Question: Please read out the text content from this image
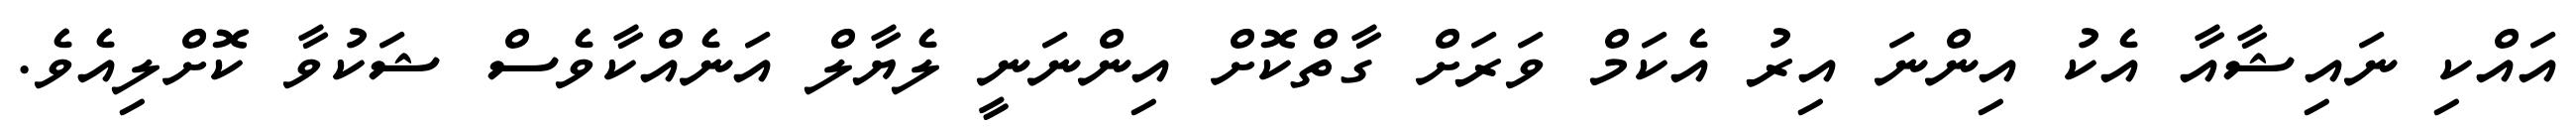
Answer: އައްކި ނައިޝާއާ އެކު އިންނަ އިރު އެކަމް ވަރަށް ގާތްކޮށް އިންނަނީ ލެޔާލް އަނެއްކާވެސް ޝަކުވާ ކޮށްލިއެވެ.